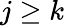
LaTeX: j\geq k